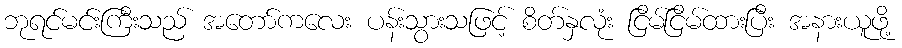
ဘုရင်မင်းကြီးသည် အတော်ကလေး ပန်းသွားသဖြင့် စိတ်နှလုံး ငြိမ်ငြိမ်ထားပြီး အနားယူဖို့